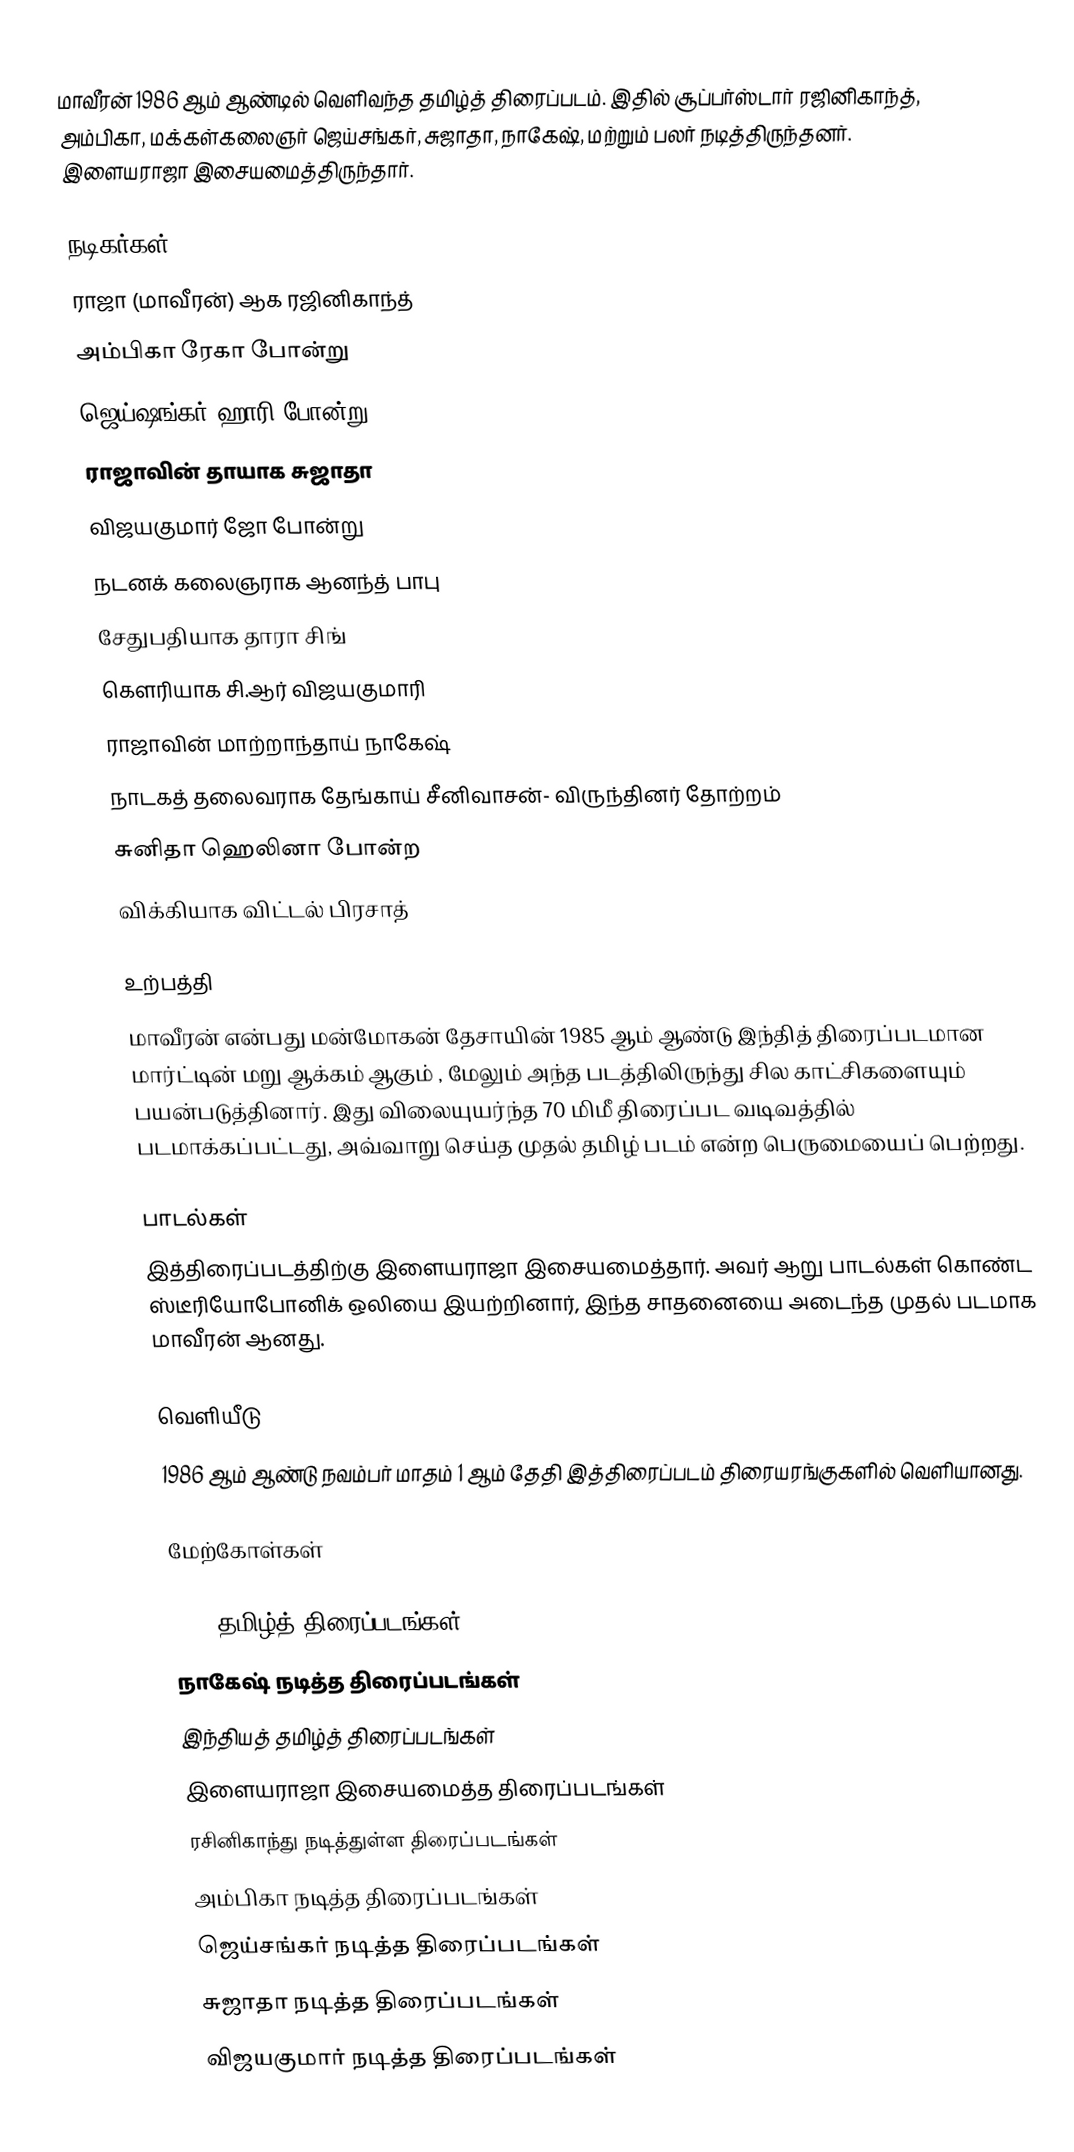
மாவீரன் 1986 ஆம் ஆண்டில் வெளிவந்த தமிழ்த் திரைப்படம். இதில் சூப்பர்ஸ்டார் ரஜினிகாந்த், அம்பிகா, மக்கள்கலைஞர் ஜெய்சங்கர், சுஜாதா, நாகேஷ், மற்றும் பலர் நடித்திருந்தனர். இளையராஜா இசையமைத்திருந்தார்.

நடிகர்கள்
 ராஜா (மாவீரன்) ஆக ரஜினிகாந்த்
 அம்பிகா ரேகா போன்று
 ஜெய்ஷங்கர் ஹாரி போன்று
 ராஜாவின் தாயாக சுஜாதா
 விஜயகுமார் ஜோ போன்று
 நடனக் கலைஞராக ஆனந்த் பாபு
 சேதுபதியாக தாரா சிங்
 கௌரியாக சி.ஆர் விஜயகுமாரி
 ராஜாவின் மாற்றாந்தாய் நாகேஷ்
 நாடகத் தலைவராக தேங்காய் சீனிவாசன்- விருந்தினர் தோற்றம்
 சுனிதா ஹெலினா போன்ற
 விக்கியாக விட்டல் பிரசாத்

உற்பத்தி
மாவீரன் என்பது மன்மோகன் தேசாயின் 1985 ஆம் ஆண்டு இந்தித் திரைப்படமான மார்ட்டின் மறு ஆக்கம் ஆகும் , மேலும் அந்த படத்திலிருந்து சில காட்சிகளையும் பயன்படுத்தினார். இது விலையுயர்ந்த 70 மிமீ திரைப்பட வடிவத்தில் படமாக்கப்பட்டது, அவ்வாறு செய்த முதல் தமிழ் படம் என்ற பெருமையைப் பெற்றது.

பாடல்கள்
இத்திரைப்படத்திற்கு  இளையராஜா இசையமைத்தார். அவர் ஆறு பாடல்கள் கொண்ட ஸ்டீரியோபோனிக் ஒலியை இயற்றினார், இந்த சாதனையை அடைந்த முதல் படமாக மாவீரன் ஆனது.

வெளியீடு
1986 ஆம் ஆண்டு நவம்பர் மாதம் 1 ஆம் தேதி இத்திரைப்படம் திரையரங்குகளில் வெளியானது.

மேற்கோள்கள்

1986 தமிழ்த் திரைப்படங்கள்
நாகேஷ் நடித்த திரைப்படங்கள்
இந்தியத் தமிழ்த் திரைப்படங்கள்
இளையராஜா இசையமைத்த திரைப்படங்கள்
ரசினிகாந்து நடித்துள்ள திரைப்படங்கள்
அம்பிகா நடித்த திரைப்படங்கள்
ஜெய்சங்கர் நடித்த திரைப்படங்கள்
சுஜாதா நடித்த திரைப்படங்கள்
விஜயகுமார் நடித்த திரைப்படங்கள்